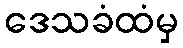
ဒေသခံထံမှ